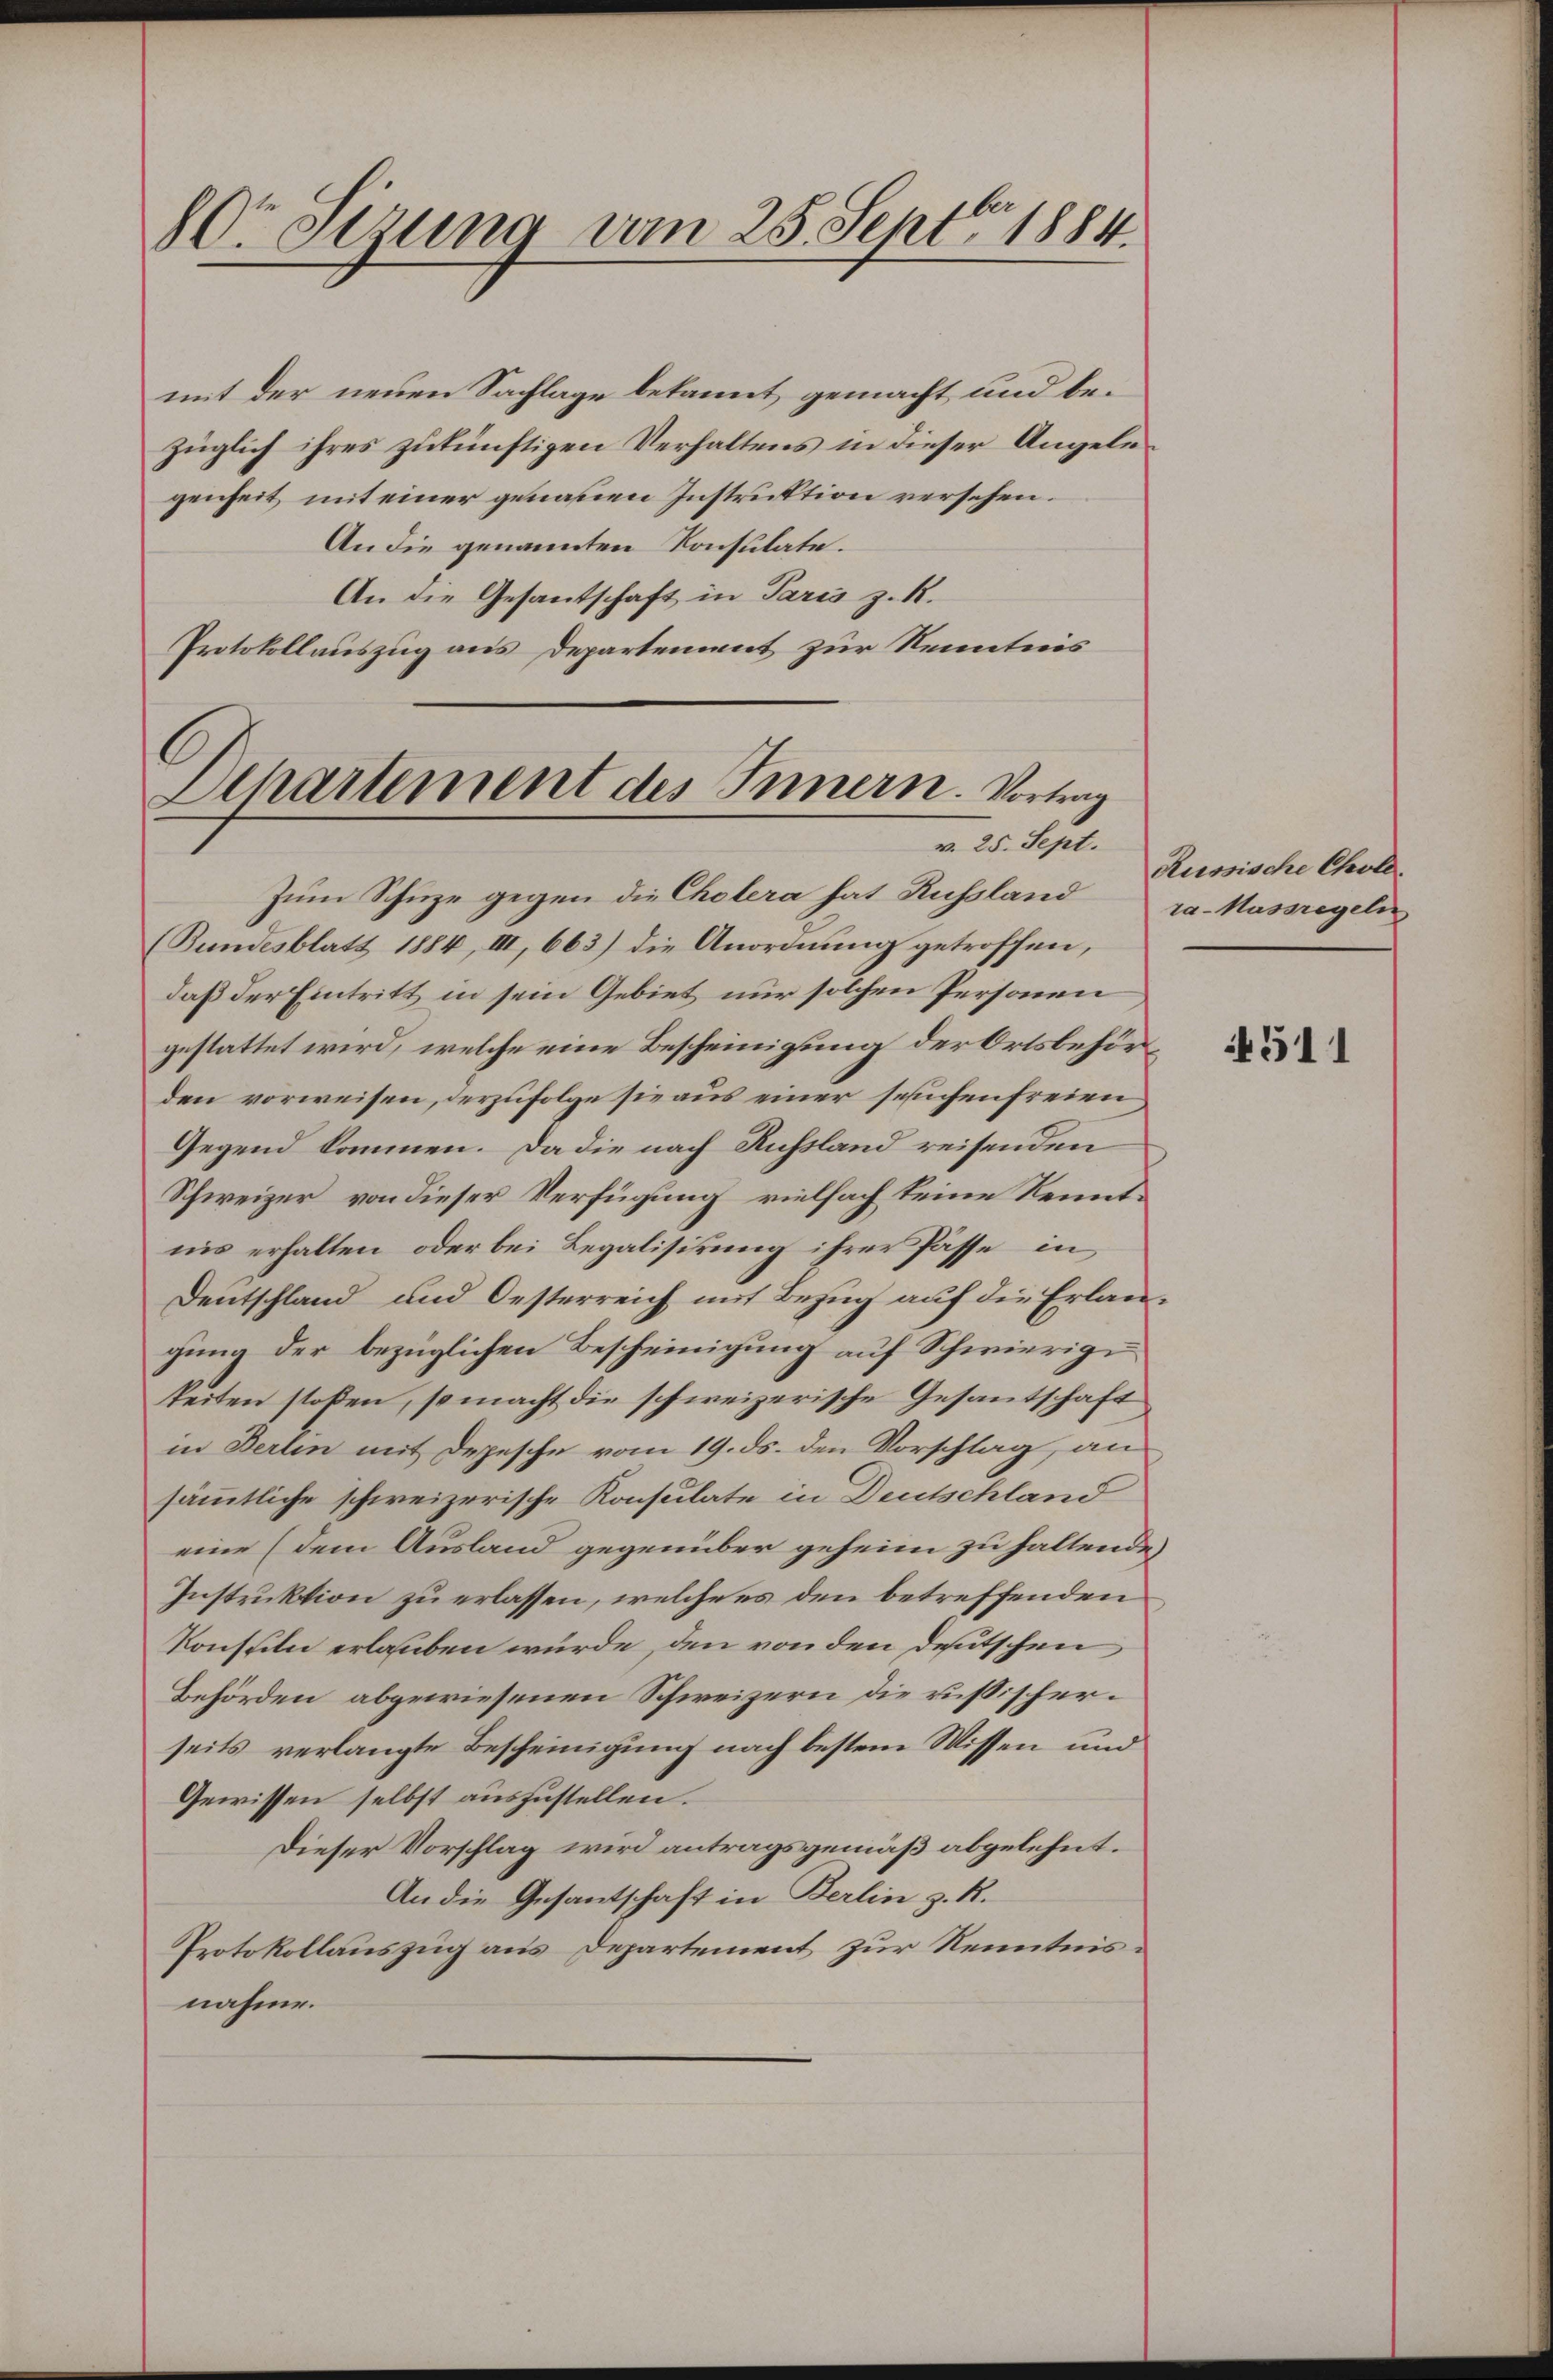
80r etzung vom 25. Septbr. 1884

mit der neuen Sachlage bekannt gemacht und bezüglich ihres zukünftigen Verhaltens in dieser Angelegenheit mit einer genauen Instruktion versehen.
An die genannten Konsulate.
An die Gesantschaft in Paris z. R.
Protokollauszug aus Departement zur Kenntnis

C
Dchartement des Innern. Vortrag
v. 25. Sept.

Zum Schuze gegen die Cholera hat Russland ra- Massregeln
(Bundesblatt 1884, III, 663) die Anordnung getroffen,
daß der Eintritt in sein Gebiet nur solchen Personen
gestattet wird, welche eine Bescheinigung der Ortsbehörden vorweisen, derzufolge sie aus einer seuchenfreien
Gegend kommen. Da die nach Russland reisenden
Schweizer von dieser Verfügung vielfach keine Kenntnis erhalten, oder bei Legalisirung ihrer Pässe, in
Dentschland und Oesterreich mit Bezug auf die Erlaugung der bezüglichen Bescheinigung auf Schwierige
keiten stoßen, so macht die schweizerische Gesantschaft
in Berlin mit Depesche vom 19. ds. den Vorschlag, an
sämmtliche schweizerische Konsulate in Deutschland
eine (dem Ausland gegenüber geheim zu haltende
Instruktion zu erlassen, welche es den betreffenden
Konsteln erlauben würde, den von den deutschen
Behörden abgewiesenen Schweizern die russischerseits verlangte Bescheinigung nach bestem Wissen und
Gewissen selbst auszustellen.
Dieser Vorschlag wird antragsgemäß abgelehnt.
An die Gesantschaft in Berlin z. R.
Protokollauszug aus Departement zur Kenntnisnahme.

Russische Chole.

4511